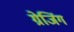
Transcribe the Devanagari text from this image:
ग्रेजिंग